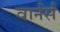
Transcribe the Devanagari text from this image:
वार्नर्स